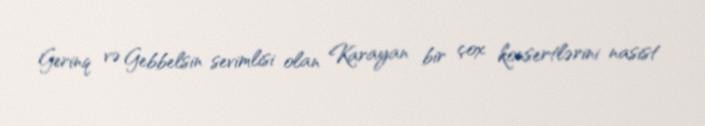
Gerinq və Gebbelsin sevimlisi olan Karayan bir çox konsertlərini nasist